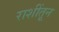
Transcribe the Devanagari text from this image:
राशींतून